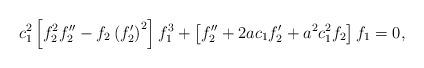
LaTeX: \begin{align*}c_{1}^{2}\left[ f_{2}^{2}f_{2}^{\prime \prime }-f_{2}\left( f_{2}^{\prime}\right) ^{2}\right] f_{1}^{3}+\left[ f_{2}^{\prime \prime}+2ac_{1}f_{2}^{\prime }+a^{2}c_{1}^{2}f_{2}\right] f_{1}=0, \end{align*}